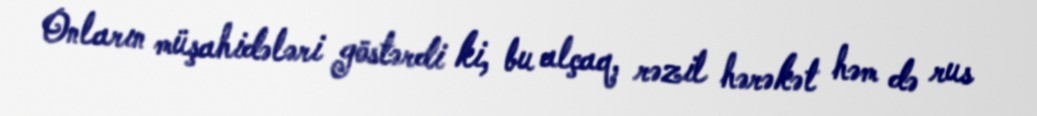
Onların müşahidələri göstərdi ki, bu alçaq, rəzil hərəkət həm də rus